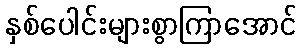
နှစ်ပေါင်းများစွာကြာအောင်